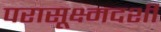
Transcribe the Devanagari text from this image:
परासूक्ष्मदर्शी